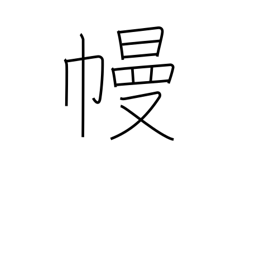
Meaning: curtain